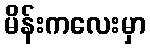
မိန်းကလေးမှာ